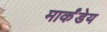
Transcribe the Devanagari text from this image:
मार्कंंडेय